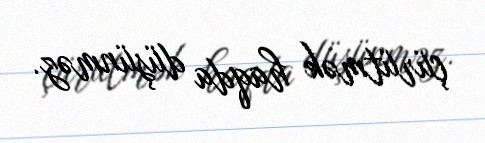
çürütmək haqda düşünməz.